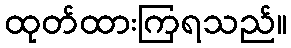
ထုတ်ထားကြရသည်။